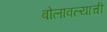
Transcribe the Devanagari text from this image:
बोलावल्याची